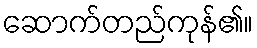
ဆောက်တည်ကုန်၏။